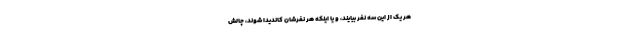
هر یک از این سه نفر بیایند، و یا اینکه هر نفرشان کاندیدا شوند، چالش